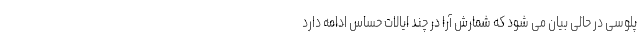
پلوسی در حالی بیان می شود که شمارش آرا در چند ایالات حساس ادامه دارد